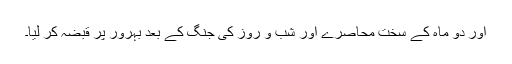
اور دو ماہ کے سخت محاصرے اور شب و روز کی جنگ کے بعد بہرور پر قبضہ کر لیا۔